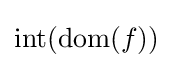
\operatorname {int} (\operatorname {dom} (f))